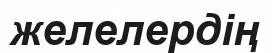
желелердің